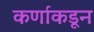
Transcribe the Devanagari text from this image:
कर्णाकडून